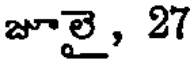
జూలై, 27